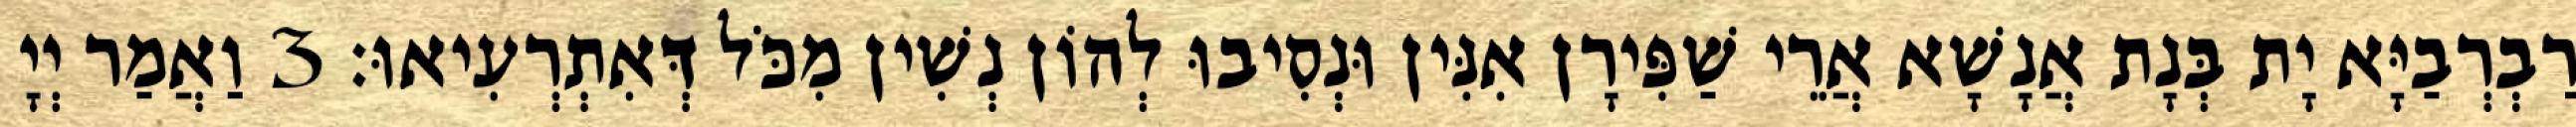
רַבְרְבַיָּא יָת בְּנָת אֲנָשָׁא אֲרֵי שַׁפִּירָן אִנִּין וּנְסִיבוּ לְהוֹן נְשִׁין מִכֹּל דְּאִתְרְעִיאוּ׃ 3 וַאֲמַר יְיָ